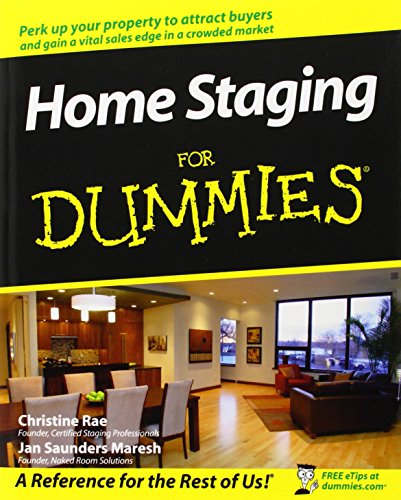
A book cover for Home Staging For Dummies; Christine Rae; Business & Money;